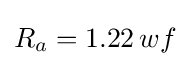
R_{a}=1.22\,wf